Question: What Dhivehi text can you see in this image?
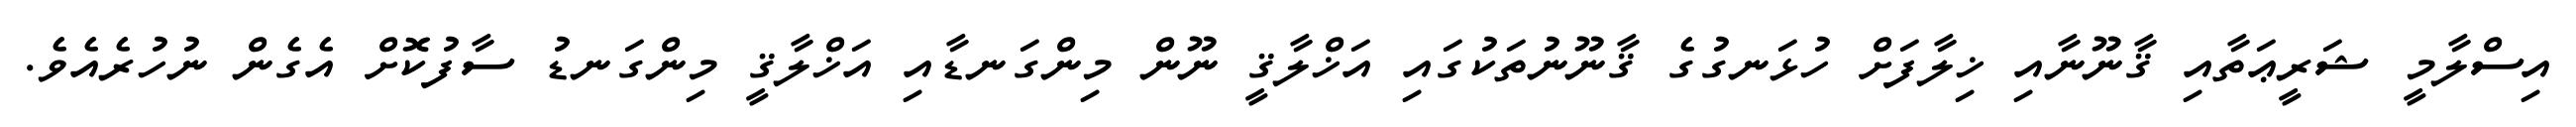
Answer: އިސްލާމީ ޝަރީޢަތާއި ޤާނޫނާއި ޚިލާފަށް ހުޅަނގުގެ ޤާނޫނުތަކުގައި އަޚްލާޤީ ނޫން މިންގަނޑާއި އަޚްލާޤީ މިންގަނޑު ސާފުކޮށް އެގެން ނުހުރެއެވެ.